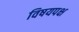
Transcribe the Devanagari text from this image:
विषयपक्ष